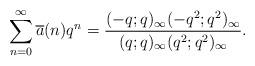
LaTeX: \begin{align*}\sum_{n=0}^{\infty}\overline{a}(n)q^{n}=\dfrac{(-q;q)_{\infty}(-q^{2};q^{2})_{\infty}}{(q;q)_{\infty}(q^{2};q^{2})_{\infty}}.\end{align*}